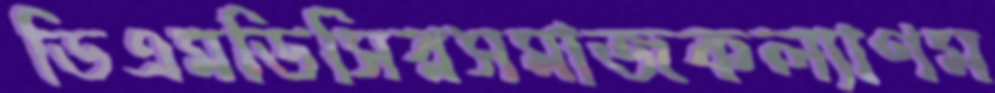
ডিএমডিসিরসমাজকল্যাণম